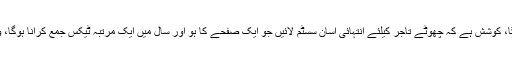
انہوں نے کہاکہ ایف بی آر کے چھاپوں اور اور آڈٹ سے ٹیکس نہیں بڑھے گا، کوشش ہے کہ چھوٹے تاجر کیلئے انتہائی آسان سسٹم لائیں جو ایک صفحے کا ہو اور سال میں ایک مرتبہ ٹیکس جمع کرانا ہوگا، وہ سسٹم اسلام آباد میں کامیاب ہوگا جس کے بعد ملک بھر میں نافذ کریں گے۔